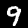
Digit: 9